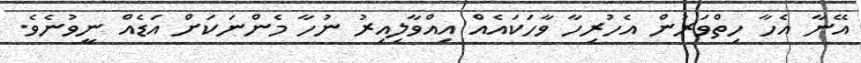
އޭނާ އެހާ ހިތްވަރުން އެހުރިހާ ވާހަކައެއް އިއްވާލިއިރު ނުހާ މެންނަކަށް އަޑެއް ނީވުނެވެ.